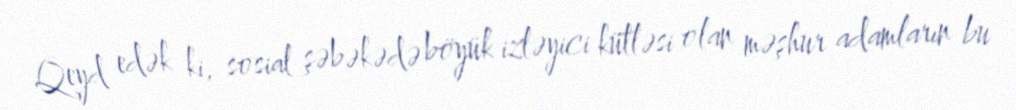
Qeyd edək ki, sosial şəbəkədə böyük izləyici kütləsi olan məşhur adamların bu